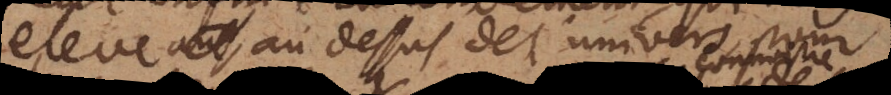
eleve au dessus de l’univers